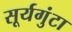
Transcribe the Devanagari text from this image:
सूर्यगुंटा